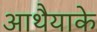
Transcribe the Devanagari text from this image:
आथैयाके